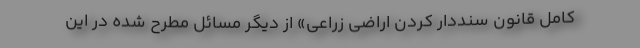
کامل قانون سنددار کردن اراضی زراعی» از دیگر مسائل مطرح شده در این